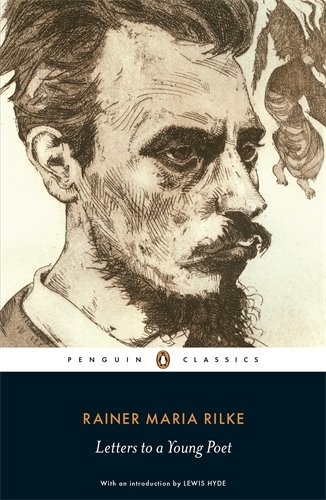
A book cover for Letters to a Young Poet (Penguin Classics); Rainer Maria Rilke; Literature & Fiction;